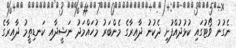
ނެގުނު ވޯޓުގައި ކުޅުދުއްފުށި ދެކުނު ދާއިރާގެ މެންބަރު މުހައްމަދު ނަޝީދާއި ކަނޑިތީމު ދާއިރާގެ